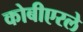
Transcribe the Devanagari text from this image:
कोबीएरले